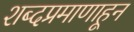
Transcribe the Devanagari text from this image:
शब्दप्रमाणाहून